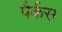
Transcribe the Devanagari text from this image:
पैर्कस